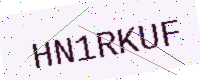
Text: HN1RKUF